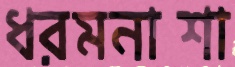
ধরমনাশা